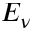
E _ { \nu }